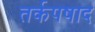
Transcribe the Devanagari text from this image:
तर्कपषाद